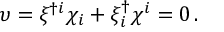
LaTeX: \upsilon = \xi ^ { \dagger i } \chi _ { i } + \xi _ { i } ^ { \dagger } \chi ^ { i } = 0 \, .